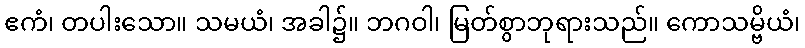
ဧကံ၊ တပါးသော။ သမယံ၊ အခါ၌။ ဘဂဝါ၊ မြတ်စွာဘုရားသည်။ ကောသမ္ဗိယံ၊